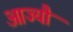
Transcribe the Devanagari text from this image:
आज्यौ